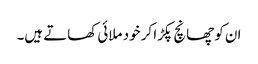
ان کو چھانچ پکڑا کر خود ملائی کھاتے ہیں۔